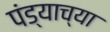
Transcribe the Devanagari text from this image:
पंड्याच्या